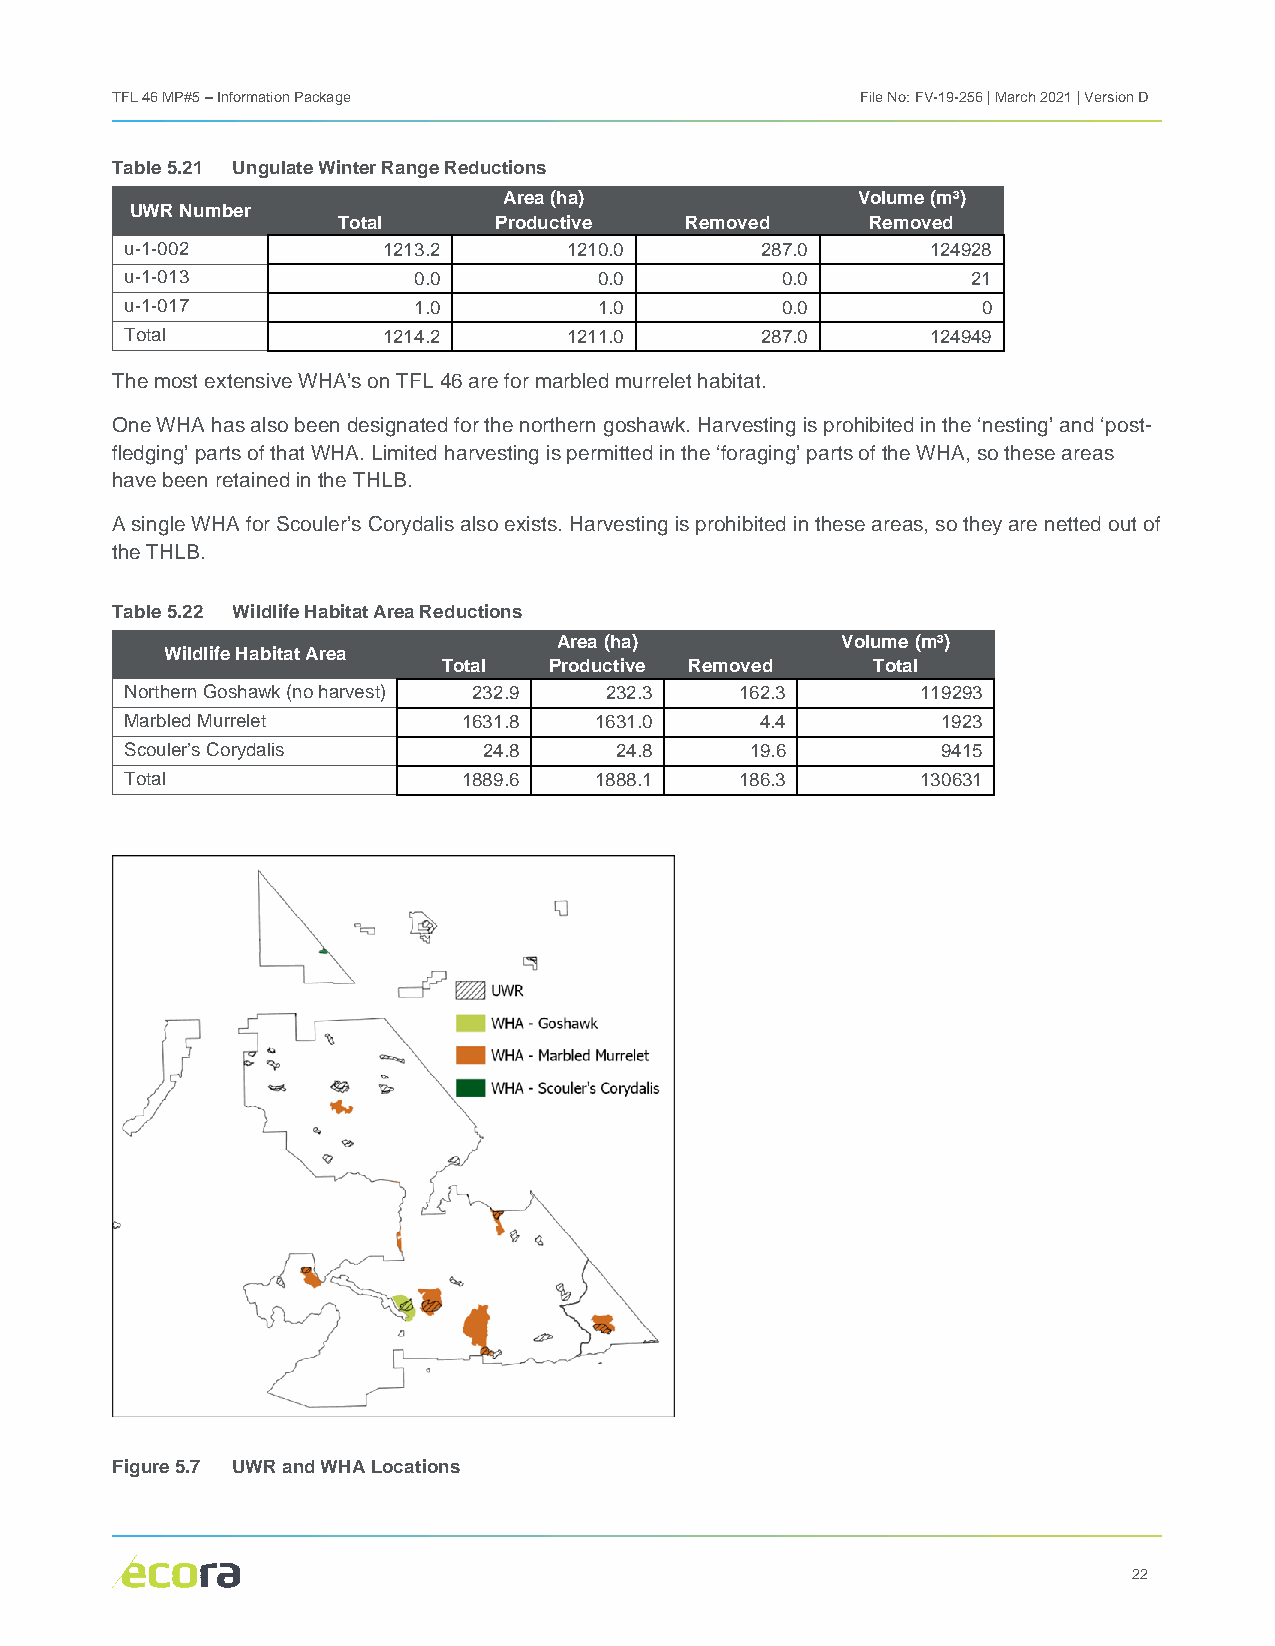
TFL 46 MP#5 – Information Package                 File No: FV-19-256 | March 2021 | Version D
 Table 5.21 Ungulate Winter Range Reductions
 Area (ha)               Volume (m³)
 UWR Number
 Total      Productive  Removed      Removed
 u-1-002          1213.2       1210.0      287.0       124928
 u-1-013            0.0          0.0         0.0         21
 u-1-017            1.0          1.0         0.0          0
 Total            1214.2       1211.0      287.0       124949
 The most extensive WHA’s on TFL 46 are for marbled murrelet habitat.
 One WHA has also been designated for the northern goshawk. Harvesting is prohibited in the ‘nesting’ and ‘post-
 fledging’ parts of that WHA. Limited harvesting is permitted in the ‘foraging’ parts of the WHA, so these areas
 have been retained in the THLB.
 A single WHA for Scouler’s Corydalis also exists. Harvesting is prohibited in these areas, so they are netted out of
 the THLB.
 Table 5.22 Wildlife Habitat Area Reductions
 Area (ha)          Volume (m³)
 Wildlife Habitat Area
 Total  Productive Removed    Total
 Northern Goshawk (no harvest) 232.9 232.3 162.3      119293
 Marbled Murrelet       1631.8  1631.0     4.4         1923
 Scouler’s Corydalis     24.8     24.8     19.6        9415
 Total                  1889.6  1888.1    186.3       130631
 Figure 5.7 UWR and WHA Locations
 22